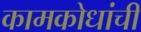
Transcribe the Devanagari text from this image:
कामकोधांची